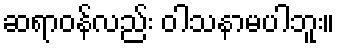
ဆရာဝန်လည်း ဝါသနာမပါဘူး။